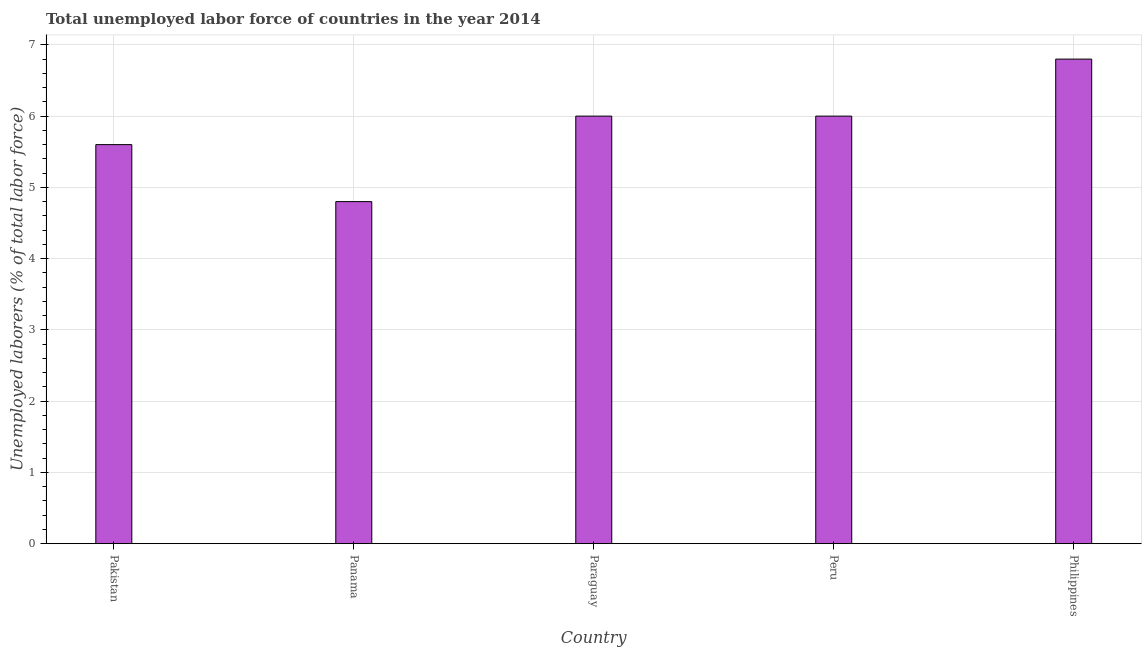
| Country | Unemployment total |
 | --- | --- |
 | Pakistan | 5.6 |
 | Panama | 4.8 |
 | Paraguay | 6 |
 | Peru | 6 |
 | Philippines | 6.8 |